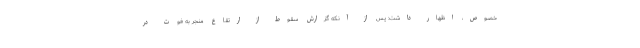
خصوص، اظهار داشت:‌ پس از آنکه گزارش سقوط از ارتقاع منجر به فوت در